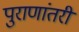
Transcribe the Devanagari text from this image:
पुराणांतरीं